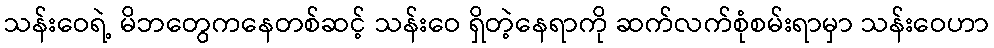
သန်းဝေရဲ့ မိဘတွေကနေတစ်ဆင့် သန်းဝေ ရှိတဲ့နေရာကို ဆက်လက်စုံစမ်းရာမှာ သန်းဝေဟာ